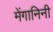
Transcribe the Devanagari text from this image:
मेंगानिनी